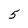
Character: 5